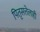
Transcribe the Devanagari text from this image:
पितृसत्तेलाही